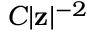
C | \mathbf { z } | ^ { - 2 }